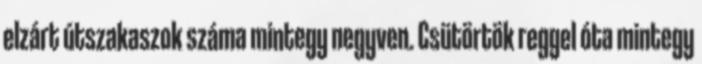
elzárt útszakaszok száma mintegy negyven. Csütörtök reggel óta mintegy